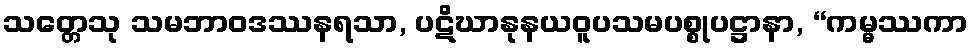
သတ္တေသု သမဘာဝဒဿနရသာ, ပဋိဃာနုနယဝူပသမပစ္စုပဋ္ဌာနာ, “ကမ္မဿကာ